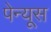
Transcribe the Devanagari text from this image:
पेन्यूस